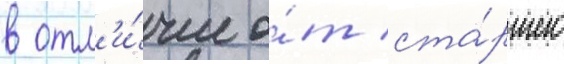
в отл'и́чие о́т ста́ршего